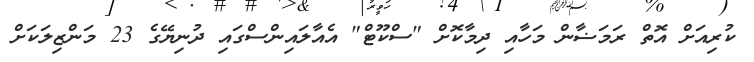
ކުރިއަށް އޮތް ރަމަޟާން މަހާއި ދިމާކޮށް "ސްކޫޓް" އެއާލައިންސްގައި ދުނިޔޭގެ 23 މަންޒިލަކަށް